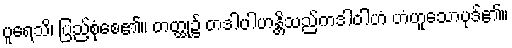
ပူရေသိ၊ ပြည့်စုံစေ၏။ တတ္ထု၌ တဒါပါဟန္တိသည်ကဒါဝါဟံ ဟံဟူသောပုဒ်၏။